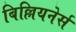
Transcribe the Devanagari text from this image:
बिल्लियनेर्स